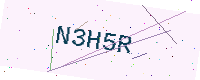
Text: N3H5R